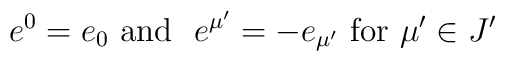
e^0 = e_0 \hbox{\ and \ } e^{\mu '} = -e_{\mu'}\hbox{ for } \mu ' \in J'